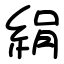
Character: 絹